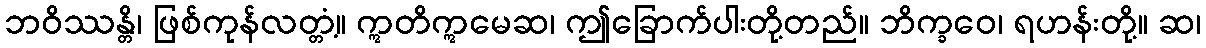
ဘဝိဿန္တိ၊ ဖြစ်ကုန်လတ္တံ့။ ဣတိဣမေဆ၊ ဤခြောက်ပါးတို့တည်။ ဘိက္ခဝေ၊ ရဟန်းတို့။ ဆ၊